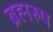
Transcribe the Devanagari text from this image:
ब्रह्मरुप